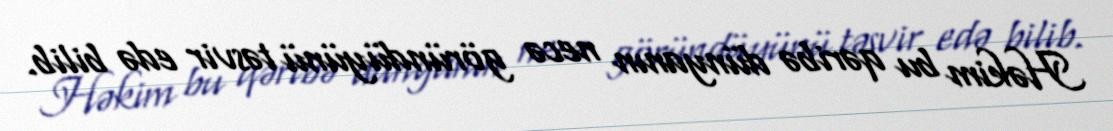
Həkim bu qəribə dünyanın necə göründüyünü təsvir edə bilib.